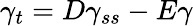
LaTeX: \gamma_{t}=D\gamma_{ss}-E\gamma